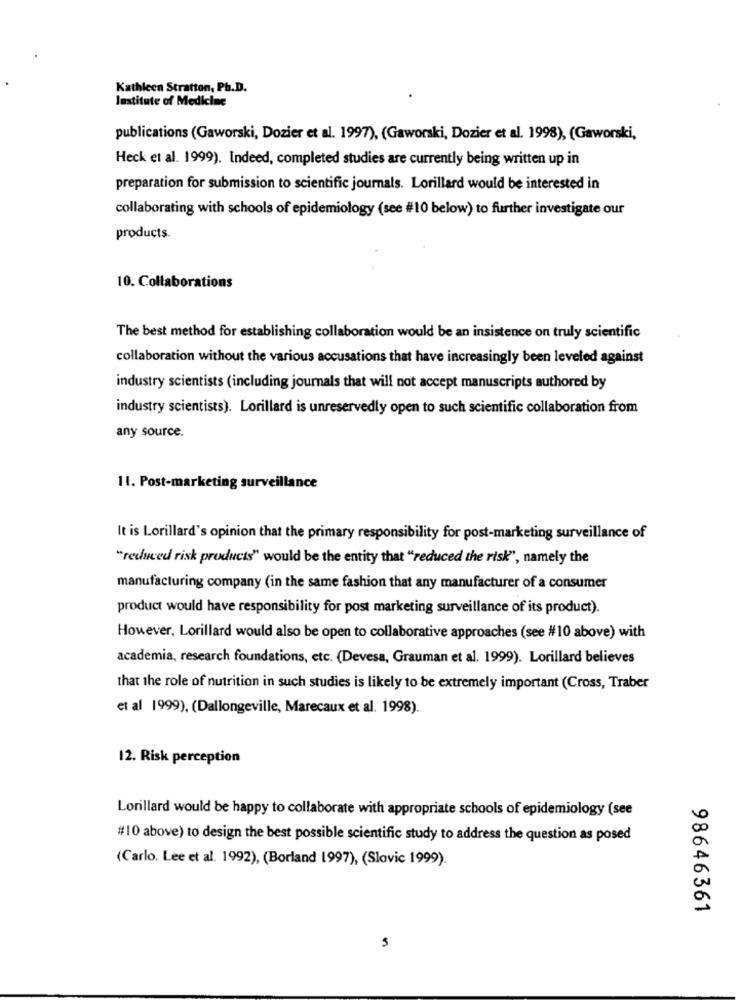
Kathleen Stratton, Ph.D.
Institute of Medicine
publications (Gaworski, Dozier et al. 1997), (Gaworski, Dozier et al. 1998), (Gaworski,
Heck et al. 1999). Indeed, completed studies are currently being written up in
preparation for submission to scientific journals. Lorillard would be interested in
collaborating with schools of epidemiology (see #10 below) to further investigate our
products.
10. Collaborations
The best method for establishing collaboration would be an insistence on truly scientific
collaboration without the various accusations that have increasingly been leveled against
industry scientists (including journals that will not accept manuscripts authored by
industry scientists). Lorillard is unreservedly open to such scientific collaboration from
any source.
11. Post-marketing surveillance
It is Lorillard's opinion that the primary responsibility for post-marketing surveillance of
"reduced risk products" would be the entity that "reduced the risk", namely the
manufacturing company (in the same fashion that any manufacturer of a consumer
product would have responsibility for post marketing surveillance of its product).
However, Lorillard would also be open to collaborative approaches (see #10 above) with
academia, research foundations, etc. (Devesa, Grauman et al. 1999). Lorillard believes
that the role of nutrition in such studies is likely to be extremely important (Cross, Traber
et al 1999), (Dallongeville, Marecaux et al. 1998).
12. Risk perception
Lorillard would be happy to collaborate with appropriate schools of epidemiology (see
#10 above) to design the best possible scientific study to address the question as posed
(Carlo. Lee et al. 1992), (Borland 1997), (Slovic 1999).
98646361